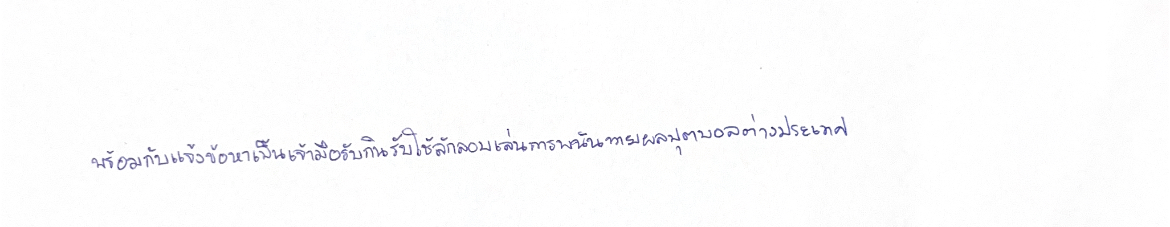
พร้อมกับแจ้งข้อหาเป็นเจ้ามือรับกินรับใช้ลักลอบเล่นการพนันทายผลฟุตบอลต่างประเทศ